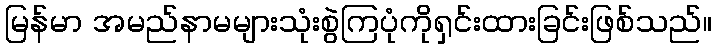
မြန်မာ အမည်နာမများသုံးစွဲကြပုံကိုရှင်းထားခြင်းဖြစ်သည်။